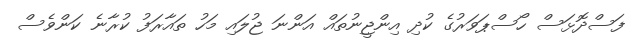
ފަސްދޮޅަސް ހޯސްޕަވަރުގެ ކުދި އިންޖީނުތައް އަންނަ ޖުލައި މަހު ތައާރަފު ކުރާނެ ކަންވެސް